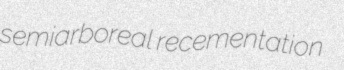
semiarboreal recementation